Scientific memoirs by medical officers of the Army of India - Part II,
Year: 1886
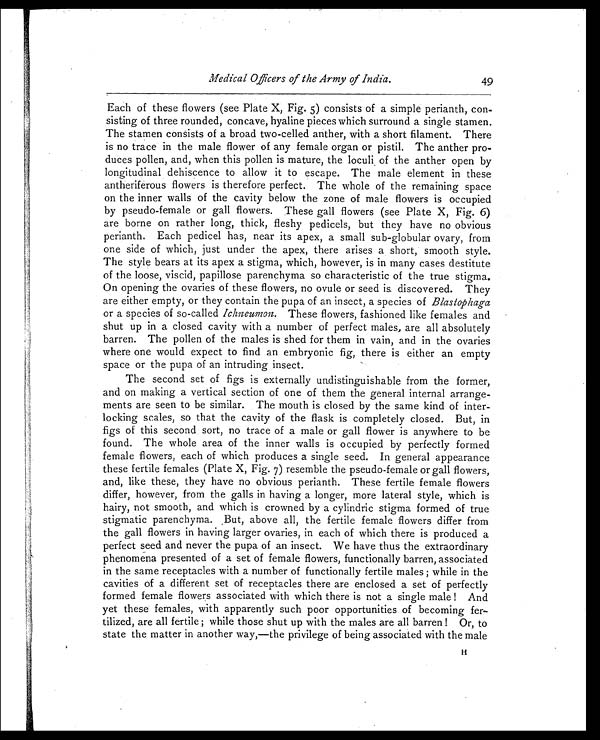
Medical Officers of the Army of India.
49
Each of these flowers (see Plate X, Fig. 5) consists of a simple perianth, con-
sisting of three rounded, concave, hyaline pieces which surround a single stamen.
The stamen consists of a broad two-celled anther, with a short filament. There
is no trace in the male flower of any female organ or pistil. The anther pro-
duces pollen, and, when this pollen is mature, the loculi of the anther open by
longitudinal dehiscence to allow it to escape. The male element in these
antheriferous flowers is therefore perfect. The whole of the remaining space
on the inner walls of the cavity below the zone of male flowers is occupied
by pseudo-female or gall flowers. These gall flowers (see Plate X, Fig. 6)
are borne on rather long, thick, fleshy pedicels, but they have no obvious
perianth. Each pedicel has, near its apex, a small sub-globular ovary, from
one side of which, just under the apex, there arises a short, smooth style.
The style bears at its apex a stigma, which, however, is in many cases destitute
of the loose, viscid, papillose parenchyma so characteristic of the true stigma.
On opening the ovaries of these flowers, no ovule or seed is discovered. They
are either empty, or they contain the pupa of an insect, a species of Blastophaga
or a species of so-called Ichneumon. These flowers, fashioned like females and
shut up in a closed cavity with a number of perfect males, are all absolutely
barren. The pollen of the males is shed for them in vain, and in the ovaries
where one would expect to find an embryonic fig, there is either an empty
space or the pupa of an intruding insect.
The second set of figs is externally undistinguishable from the former,
and on making a vertical section of one of them the general internal arrange-
ments are seen to be similar. The mouth is closed by the same kind of inter-
locking scales, so that the cavity of the flask is completely closed. But, in
figs of this second sort, no trace of a male or gall flower is anywhere to be
found. The whole area of the inner walls is occupied by perfectly formed
female flowers, each of which produces a single seed. In general appearance
these fertile females (Plate X, Fig. 7) resemble the pseudo-female or gall flowers,
and, like these, they have no obvious perianth. These fertile female flowers
differ, however, from the galls in having a longer, more lateral style, which is
hairy, not smooth, and which is crowned by a cylindric stigma formed of true
stigmatic parenchyma. , But, above all, the fertile female flowers differ from
the gall flowers in having larger ovaries, in each of which there is produced a
perfect seed and never the pupa of an insect. We have thus the extraordinary
phenomena presented of a set of female flowers, functionally barren, associated
in the same receptacles with a number of functionally fertile males; while in the
cavities of a different set of receptacles there are enclosed a set of perfectly
formed female flowers associated with which there is not a single male! And
yet these females, with apparently such poor opportunities of becoming fer-
tilized, are all fertile; while those shut up with the males are all barren! Or, to
state the matter in another way,—the privilege of being associated with the male
H